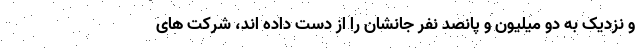
و نزدیک به دو میلیون و پانصد نفر جانشان را از دست داده اند، شرکت های